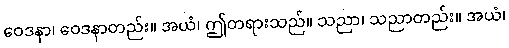
ဝေဒနာ၊ ဝေဒနာတည်း။ အယံ၊ ဤတရားသည်။ သညာ၊ သညာတည်း။ အယံ၊